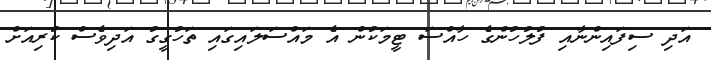
އަދި ސިފައިންނާއި ފުލުހުންގެ ހާއްސަ ޓީމަކުން އެ މައްސަލައިގައި ތަހުގީގު އަދިވެސް ކުރިއަށް